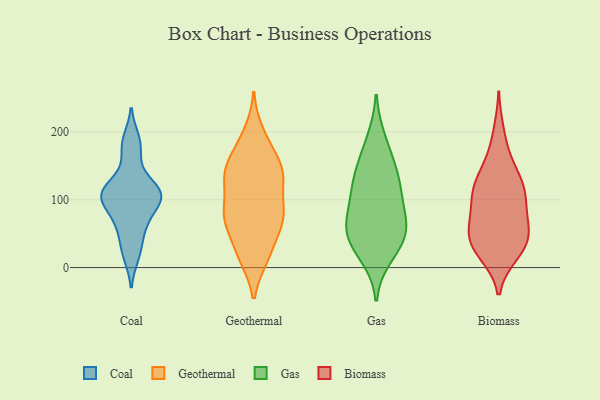
{"axis": {"x": "Website Visitors", "y": "Value"}, "legend": ["Biomass", "Coal", "Gas", "Geothermal"], "data": [{"x": "", "y": 17, "type": "Coal"}, {"x": "", "y": 69, "type": "Coal"}, {"x": "", "y": 107, "type": "Coal"}, {"x": "", "y": 74, "type": "Coal"}, {"x": "", "y": 40, "type": "Coal"}, {"x": "", "y": 189, "type": "Coal"}, {"x": "", "y": 110, "type": "Coal"}, {"x": "", "y": 171, "type": "Coal"}, {"x": "", "y": 129, "type": "Coal"}, {"x": "", "y": 107, "type": "Coal"}, {"x": "", "y": 105, "type": "Coal"}, {"x": "", "y": 104, "type": "Coal"}, {"x": "", "y": 127, "type": "Geothermal"}, {"x": "", "y": 74, "type": "Geothermal"}, {"x": "", "y": 15, "type": "Geothermal"}, {"x": "", "y": 21, "type": "Geothermal"}, {"x": "", "y": 144, "type": "Geothermal"}, {"x": "", "y": 76, "type": "Geothermal"}, {"x": "", "y": 165, "type": "Geothermal"}, {"x": "", "y": 199, "type": "Geothermal"}, {"x": "", "y": 16, "type": "Geothermal"}, {"x": "", "y": 76, "type": "Geothermal"}, {"x": "", "y": 52, "type": "Geothermal"}, {"x": "", "y": 131, "type": "Geothermal"}, {"x": "", "y": 77, "type": "Geothermal"}, {"x": "", "y": 143, "type": "Geothermal"}, {"x": "", "y": 132, "type": "Geothermal"}, {"x": "", "y": 73, "type": "Geothermal"}, {"x": "", "y": 138, "type": "Geothermal"}, {"x": "", "y": 181, "type": "Geothermal"}, {"x": "", "y": 88, "type": "Geothermal"}, {"x": "", "y": 40, "type": "Gas"}, {"x": "", "y": 70, "type": "Gas"}, {"x": "", "y": 162, "type": "Gas"}, {"x": "", "y": 124, "type": "Gas"}, {"x": "", "y": 78, "type": "Gas"}, {"x": "", "y": 59, "type": "Gas"}, {"x": "", "y": 188, "type": "Gas"}, {"x": "", "y": 100, "type": "Gas"}, {"x": "", "y": 123, "type": "Gas"}, {"x": "", "y": 136, "type": "Gas"}, {"x": "", "y": 18, "type": "Gas"}, {"x": "", "y": 45, "type": "Gas"}, {"x": "", "y": 41, "type": "Gas"}, {"x": "", "y": 90, "type": "Biomass"}, {"x": "", "y": 26, "type": "Biomass"}, {"x": "", "y": 53, "type": "Biomass"}, {"x": "", "y": 164, "type": "Biomass"}, {"x": "", "y": 36, "type": "Biomass"}, {"x": "", "y": 117, "type": "Biomass"}, {"x": "", "y": 200, "type": "Biomass"}, {"x": "", "y": 122, "type": "Biomass"}, {"x": "", "y": 118, "type": "Biomass"}, {"x": "", "y": 149, "type": "Biomass"}, {"x": "", "y": 20, "type": "Biomass"}, {"x": "", "y": 22, "type": "Biomass"}, {"x": "", "y": 111, "type": "Biomass"}, {"x": "", "y": 62, "type": "Biomass"}, {"x": "", "y": 120, "type": "Biomass"}, {"x": "", "y": 69, "type": "Biomass"}, {"x": "", "y": 39, "type": "Biomass"}, {"x": "", "y": 61, "type": "Biomass"}, {"x": "", "y": 43, "type": "Biomass"}, {"x": "", "y": 95, "type": "Biomass"}]}